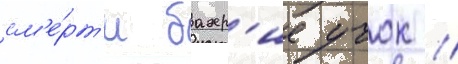
см'е́рт'и бахр'ие учок //